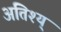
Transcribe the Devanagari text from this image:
अतिश्य्